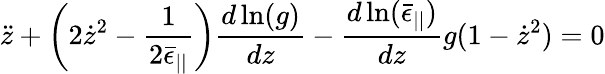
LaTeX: \ddot{z}+\left(2\dot{z}^{2}-\frac{1}{2\bar{\epsilon}_{||}}\right)\frac{d\ln(g)}{dz}-\frac{d\ln(\bar{\epsilon}_{||})}{dz}g(1-\dot{z}^{2})=0